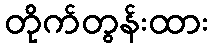
တိုက်တွန်းထား